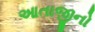
આતાજીનો